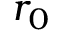
r _ { 0 }